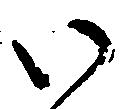
い